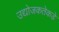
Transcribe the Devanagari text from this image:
उद्योजकतेकडे